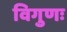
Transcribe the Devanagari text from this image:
विगुणः